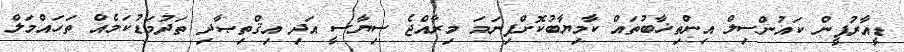
ޑީއާރުޕީން ކައުންސިލް އިންތިޚާބުތައް ކާމިޔާބުކޮށްފިނަމަ މިރާއްޖެ ސިޔާސީ އަދި އިޤްތިޞާދި ތަދުމަޑުކަމެއް ތަހައްމަލް